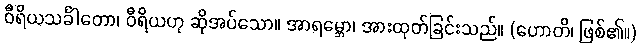
ဝီရိယသင်္ခါတော၊ ဝီရိယဟု ဆိုအပ်သော။ အာရမ္ဘော၊ အားထုတ်ခြင်းသည်။ (ဟောတိ၊ ဖြစ်၏။)